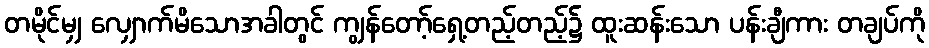
တမိုင်မျှ လျှောက်မိသောအခါတွင် ကျွန်တော့်ရှေ့တည့်တည့်၌ ထူးဆန်းသော ပန်းချီကား တချပ်ကို